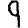
Digit: 9